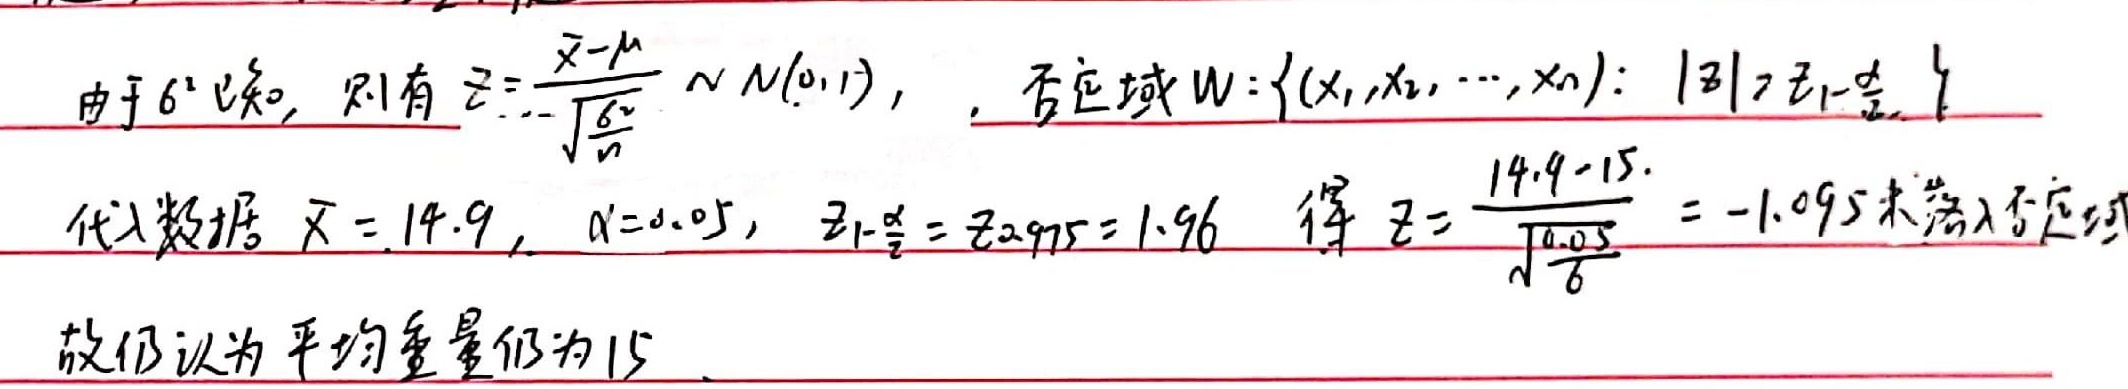
由于 \(\sigma^{2}\) 已知，则有 \(Z = \frac{\overline{X}-\mu}{\frac{\sigma}{\sqrt{n}}}\sim N(0,1)\)，否定域 \(W=\{(x_{1},x_{2},\cdots,x_{n}):|Z|>z_{1 - \frac{\alpha}{2}}\}\)
代入数据 \(\overline{x} = 14.9\)，\(\alpha = 0.05\)，\(z_{1-\frac{\alpha}{2}}=z_{0.975}=1.96\) 得 \(Z=\frac{14.9 - 15.}{\sqrt{\frac{0.05}{6}}}=-1.095\) 未落入否定域
故仍认为平均重量仍为 \(15\) 。